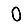
Digit: 0